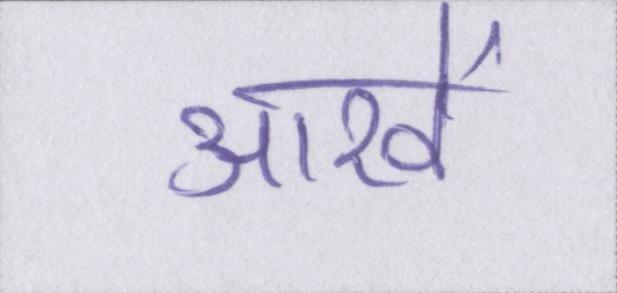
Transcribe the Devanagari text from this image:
आखें